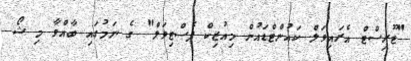
"ޓޫރިސްޓް އެރައިވަލް ކައުންޓްޑައުން މިއުޒިކް ފެސްޓިވަލް" ގެ ނަމުގައި ބާއްވާ މި ޝޯ